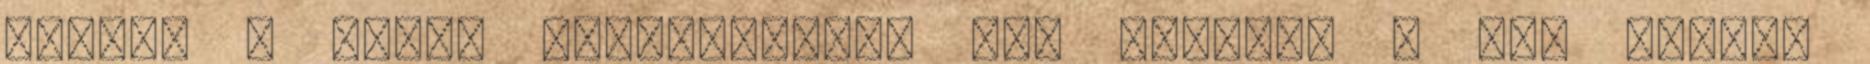
tudja, a nagyi eltávolodott von Graftól - ami persze